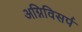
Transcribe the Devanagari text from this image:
अग्निविसर्प